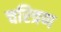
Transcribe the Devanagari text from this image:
चरित्रण